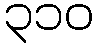
၃၁၀